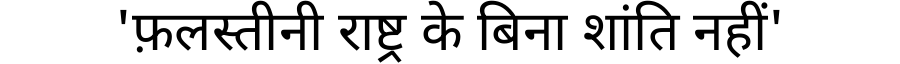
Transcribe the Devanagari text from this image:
'फ़लस्तीनी राष्ट्र के बिना शांति नहीं'